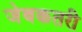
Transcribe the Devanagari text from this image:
जेबकतरी